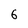
Character: 6